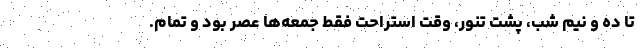
تا ده و نيم شب، پشت تنور، وقت استراحت فقط جمعه‌ها عصر بود و تمام.